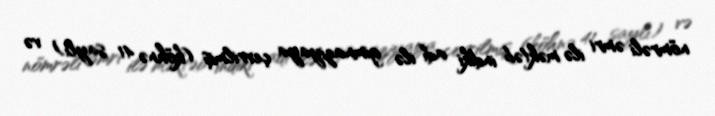
nömrəli əmri ilə məktəb indiki adı ilə gimnaziyaya çevrilmiş (köhnə 41 saylı) və